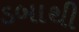
ડબાથી